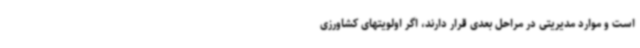
است و موارد مدیریتی در مراحل بعدی قرار دارند، اگر اولویتهای کشاورزی